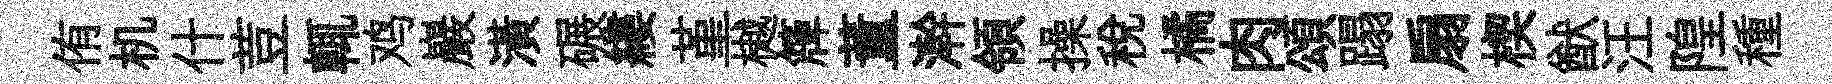
侑机什荳輒鸡巖潢碾縷堇樾簰董澣領操稅橘肉頌蹋扇楔猷汪隍種